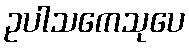
ဥပါသကေသုပေ